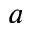
^ { a }